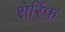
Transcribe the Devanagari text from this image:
शेर्रिफ